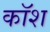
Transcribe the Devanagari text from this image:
कॉश